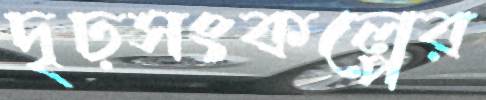
দৃঢ়সংকল্পের